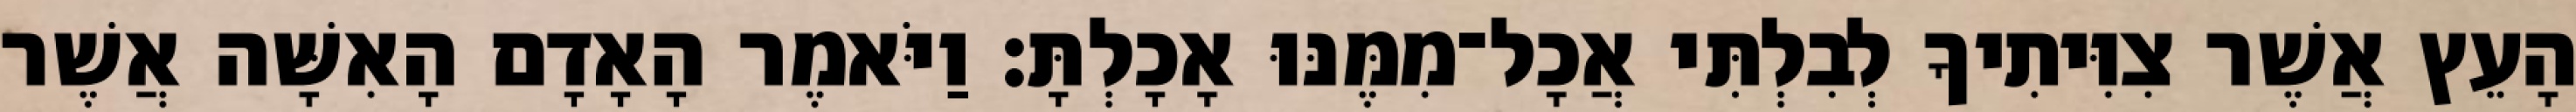
הָעֵץ אֲשֶׁר צִוִּיתִיךָ לְבִלְתִּי אֲכָל־מִמֶּנּוּ אָכָלְתָּ׃ וַיֹּאמֶר הָאָדָם הָאִשָּׁה אֲשֶׁר